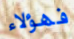
فهؤلاء